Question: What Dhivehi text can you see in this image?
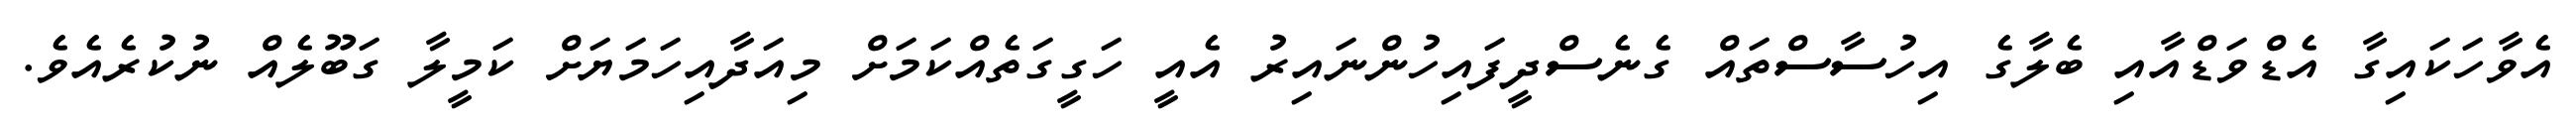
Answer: އެވާހަކައިގާ އެޑްވަޑްއާއި ބެލާގެ އިހުސާސްތައް ގެނެސްދީފައިހުންނައިރު އެއީ ހަގީގަތެއްކަމަށް މިއަދާއިހަމަޔަށް ކަމީލާ ގަބޫލެއް ނުކުރެއެވެ.